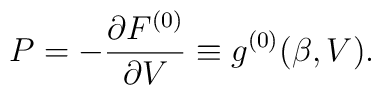
P=-\frac{\partial F^{(0)}}{\partial V}\equiv g^{(0)}(\beta,V).